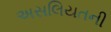
અસલિયતની